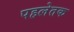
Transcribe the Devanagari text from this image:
पहलेतक